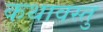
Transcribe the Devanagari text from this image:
कथावस्‍तु